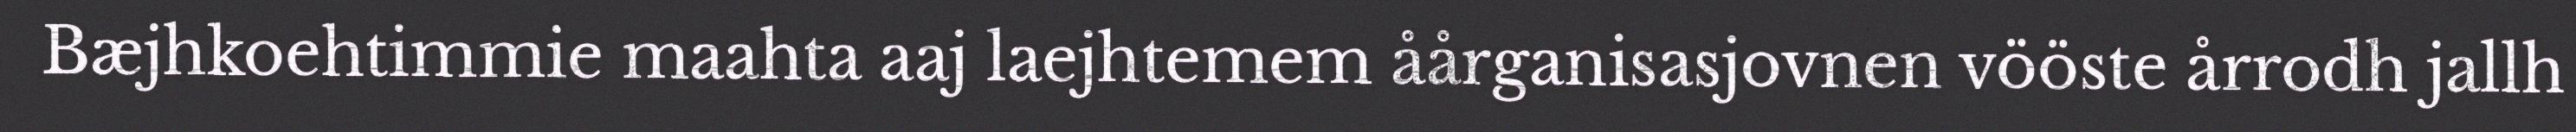
Bæjhkoehtimmie maahta aaj laejhtemem åårganisasjovnen vööste årrodh jallh